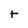
Character: t